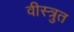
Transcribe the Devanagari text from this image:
वीस्त्रुत